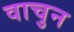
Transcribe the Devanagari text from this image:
वाचुन